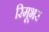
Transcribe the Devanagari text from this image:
रिमूभर